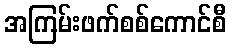
အကြမ်းဖက်စစ်ကောင်စီ